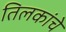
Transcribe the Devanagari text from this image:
तिलकांचे